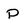
Character: P